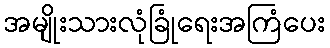
အမျိုးသားလုံခြုံရေးအကြံပေး